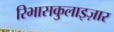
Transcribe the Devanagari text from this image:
रिभासकुलाइज़ार